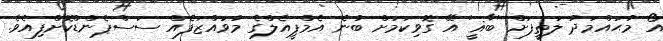
އޯ މުޙައްމަދު ލަތީފަށް 'ބާޣީ' އޭ ގޮވިކަމަށް ބުނެ އެމްޕީއެލްގެ މުވައްޒަފެއް ސަސްޕެންޑްކޮށްފިއެވެ.